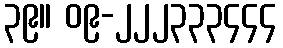
၃၉။ ၀၉-၂၂၂၃၃၃၄၄၄